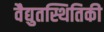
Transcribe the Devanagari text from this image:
वैद्युतस्थितिकी